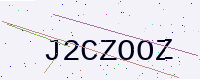
Text: J2CZOOZ